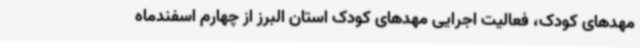
مهدهای کودک، فعالیت اجرایی مهدهای کودک استان البرز از چهارم اسفندماه